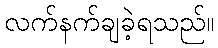
လက်နက်ချခဲ့ရသည်။